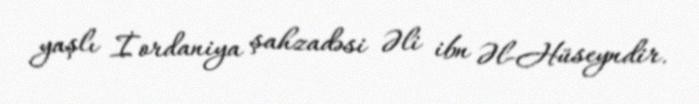
yaşlı İordaniya şahzadəsi Əli ibn Əl-Hüseyndir.